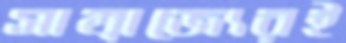
সাম্রাজ্যেরই